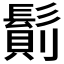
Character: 𩮆